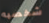
شخصيه